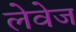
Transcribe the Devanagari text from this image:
लेवेज